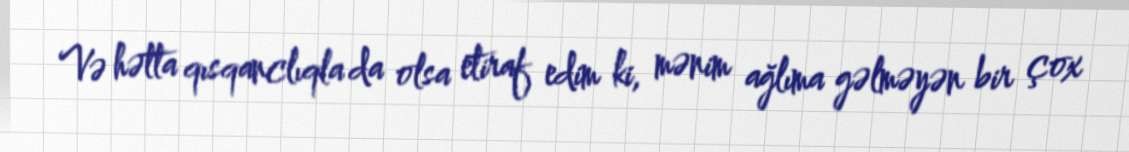
Və hətta qısqanclıqla da olsa etiraf edim ki, mənim ağlıma gəlməyən bir çox